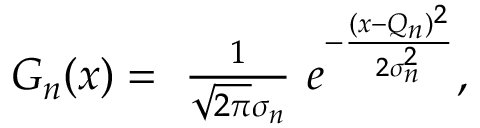
\begin{array} { r } { G _ { n } ( x ) = \ \frac { 1 } { \sqrt { 2 \pi } \sigma _ { n } } \ e ^ { - \frac { ( x - Q _ { n } ) ^ { 2 } } { 2 \sigma _ { n } ^ { 2 } } } , } \end{array}